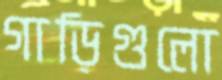
গাড়িগুলো